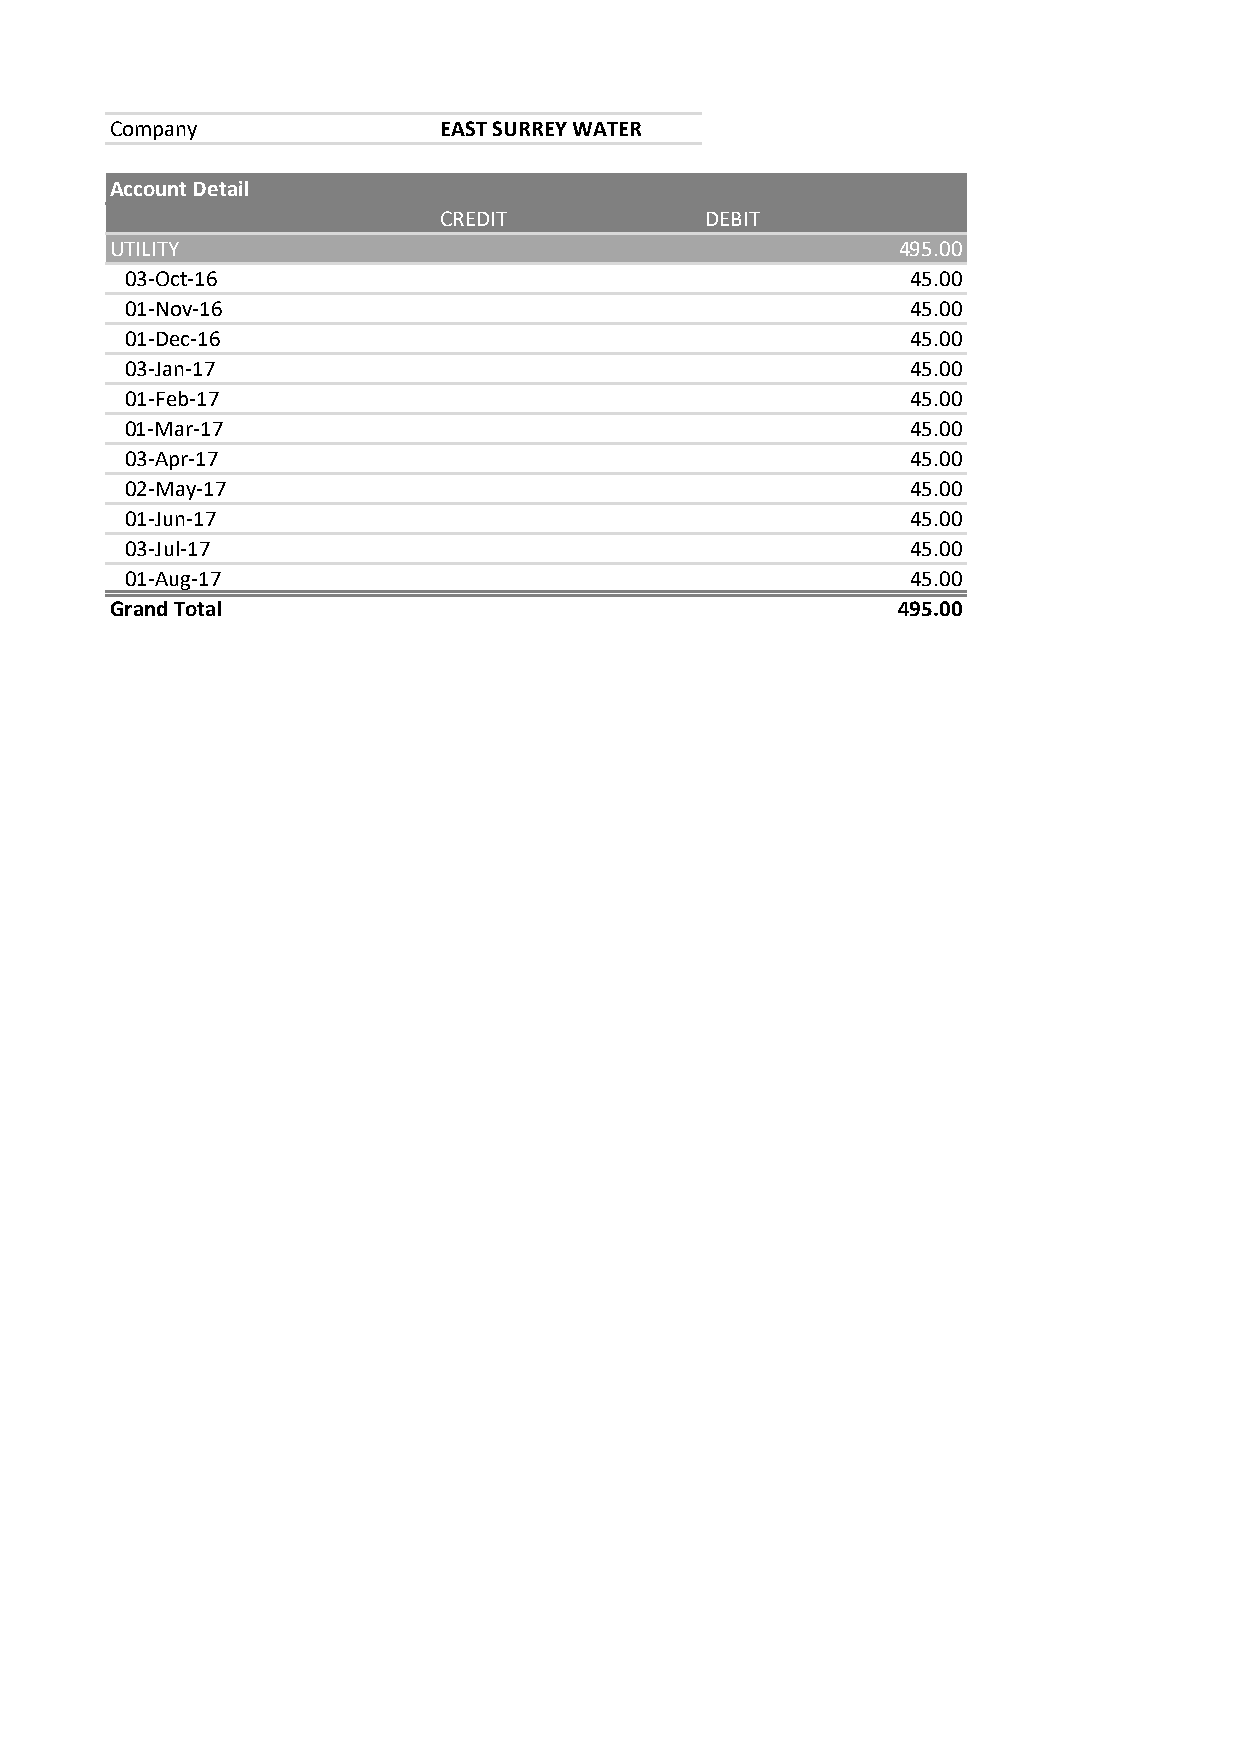
Company               EAST SURREY WATER
 Account Detail
 CREDIT            DEBIT
 UTILITY                                             495.00
 03-Oct-16                                           45.00
 01-Nov-16                                           45.00
 01-Dec-16                                           45.00
 03-Jan-17                                           45.00
 01-Feb-17                                           45.00
 01-Mar-17                                           45.00
 03-Apr-17                                           45.00
 02-May-17                                           45.00
 01-Jun-17                                           45.00
 03-Jul-17                                           45.00
 01-Aug-17                                           45.00
 Grand Total                                         495.00